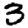
Digit: 3